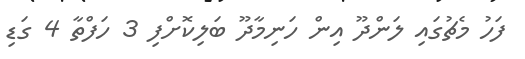
ފަހު މެޗުގައި ލަންދޫ އިން ހަނިމާދޫ ބަލިކޮށްފި 3 ހަފްތާ 4 ގަޑި